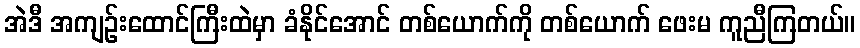
အဲဒီ အကျဉ်းထောင်ကြီးထဲမှာ ခံနိုင်အောင် တစ်ယောက်ကို တစ်ယောက် ဖေးမ ကူညီကြတယ်။